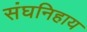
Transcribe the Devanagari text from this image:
संघनिहाय